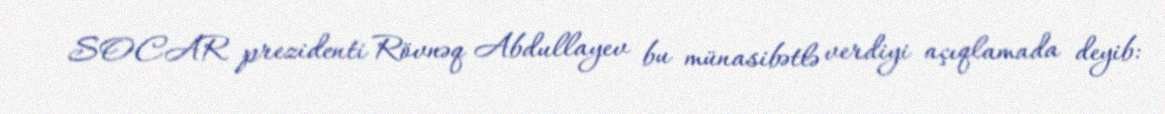
SOCAR prezidenti Rövnəq Abdullayev bu münasibətlə verdiyi açıqlamada deyib: